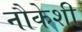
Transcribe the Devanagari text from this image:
नौकेशी